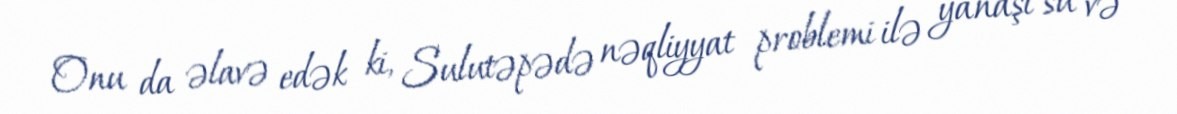
Onu da əlavə edək ki, Sulutəpədə nəqliyyat problemi ilə yanaşı su və